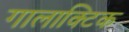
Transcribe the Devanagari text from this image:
गालाक्टिक